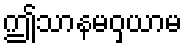
ဤသာနမဝှယာမ